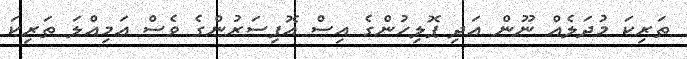
ތަރިކަ މުދަލެއް ނޫން އަދި ޕޮލިހުންގެ އިސް އޮފިސަރުންގެ ވެސް އަމިއްލަ ތަރިކަ